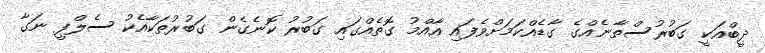
ދީބްއަކީ ގަބުރުސްތާނެއްގެ ގާޑެއްކަމަށްވެފައި އާއްމު ގޮތެއްގައި ގަބުރު ކޮނެގެން ގަބުރުތަކާއެކު ސެލްފީ ނަގާ